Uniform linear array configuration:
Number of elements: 16
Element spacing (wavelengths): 0.75
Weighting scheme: hann
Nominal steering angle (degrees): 45
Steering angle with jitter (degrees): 46.605
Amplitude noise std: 0.05
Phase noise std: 0.05

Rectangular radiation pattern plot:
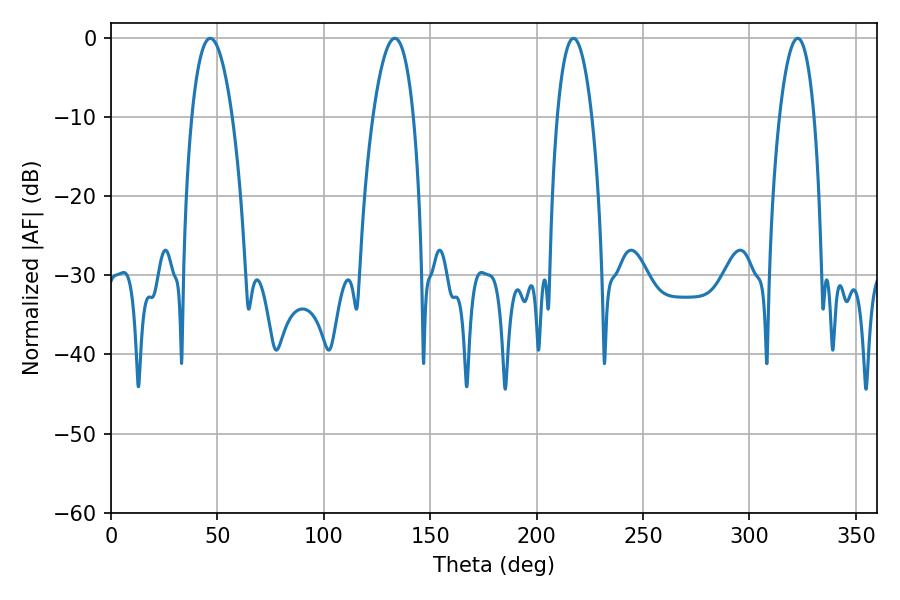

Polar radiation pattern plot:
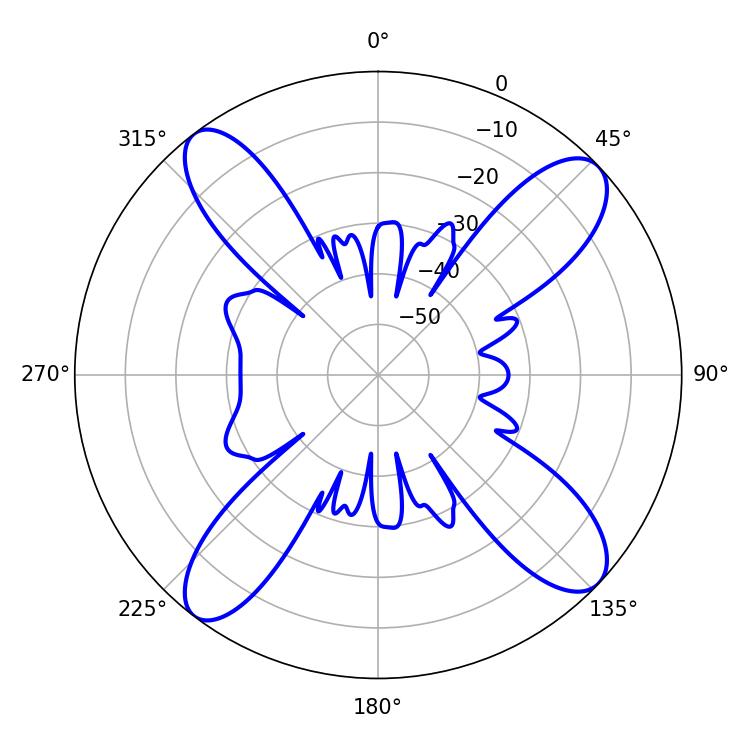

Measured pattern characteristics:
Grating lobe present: TRUE
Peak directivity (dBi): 13.906
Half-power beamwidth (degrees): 10.62
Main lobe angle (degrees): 46.62